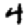
Digit: 4